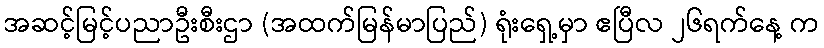
အဆင့်မြင့်ပညာဦးစီးဌာ (အထက်မြန်မာပြည်) ရုံးရှေ့မှာ ဧပြီလ ၂၆ရက်နေ့ က